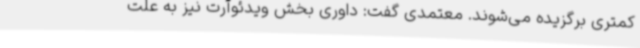
کمتری برگزیده می‌شوند. معتمدی گفت:‌ داوری بخش ویدئوآرت نیز به علت